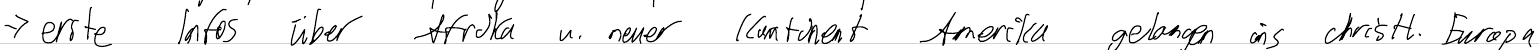
-> erste Infos über Afrika u. neuer Kontinent Amerika gelangen ins christl. Europa